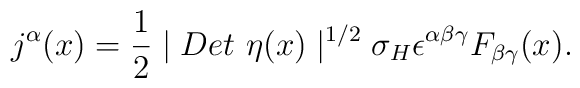
j^\alpha (x)=\frac 12\mid Det\ \eta (x)\mid ^{1/2}\sigma _H\epsilon ^{\alpha\beta \gamma }F_{\beta \gamma }(x).